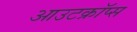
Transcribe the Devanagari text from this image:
आउटक्रॉप्स